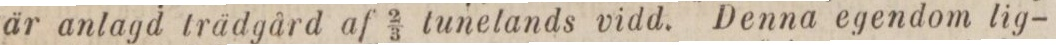
är anlagd trädgård af 2/3 tunelands vidd. Denna egendom lig-